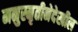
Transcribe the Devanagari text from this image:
मनुस्मृतीनेदेखील